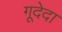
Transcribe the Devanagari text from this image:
गूदेदा